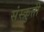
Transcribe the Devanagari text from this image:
संस्क्रुती